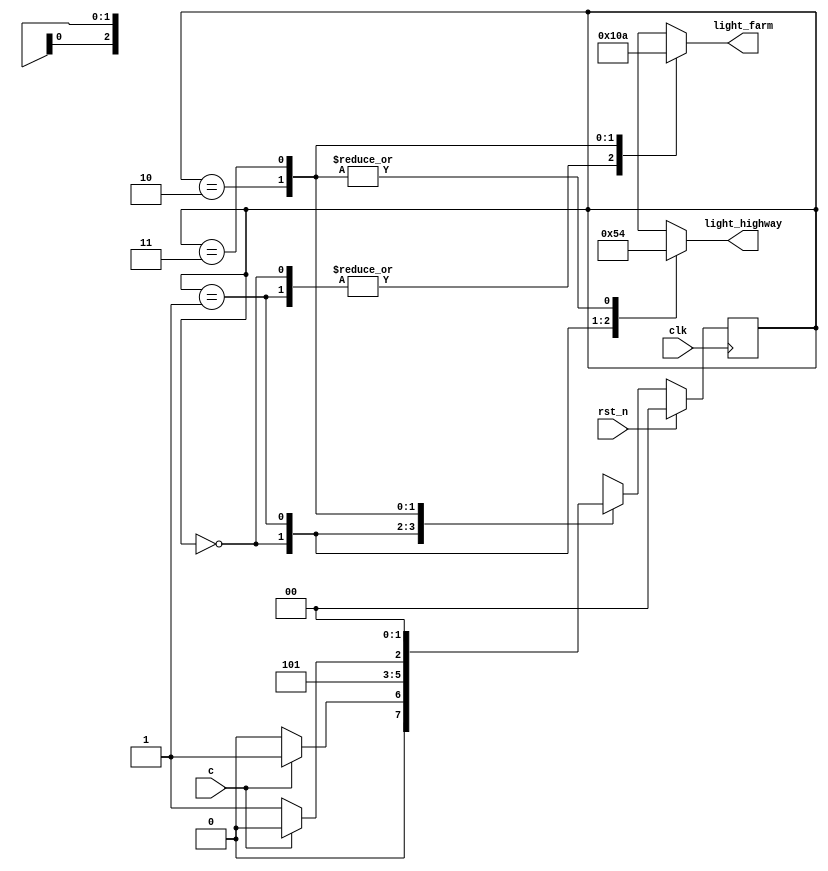

 module traffic_light(c, clk, rst_n, light_farm, light_highway);
  input c;
  input clk;
  input rst_n;
  
  output reg [2:0] light_farm, light_highway;
  
  parameter S0 = 2'd0, S1 = 2'd1, S2 = 2'd2, S3 = 2'd3;
  parameter RED = 3'b100, YELLOW = 3'b010, GREEN = 3'b001;
  
  reg [1:0] state, next_state;
  
  always @(posedge clk)
    if(rst_n)
      state <= S0;
  else
    state <= next_state;
  
  always @(state)
    begin
      case(state)
        S0 : begin
          light_farm = RED;
          light_highway = GREEN;
        end
        
        S1 : begin
          light_farm = RED;
          light_highway = YELLOW;
        end
        
        S2 : begin
          light_farm = GREEN;
          light_highway = RED;
        end
        
        S3 : begin
          light_farm = YELLOW;
          light_highway = RED;
        end
        
      endcase
    end
  
  always @(state or c)
    begin
      
      case(state)
        
        S0 : if(c) next_state = S1;
        else next_state = S0;
        
        S1 : begin
          #3 next_state = S1;
          next_state = S2;
        end
        
        S2 : if(c) next_state = S2;
        else next_state = S3;
        
        S3 : begin
          #3 next_state = S3;
          next_state = S0;
        end
        
        default : next_state = S0;
        
      endcase
    end
  
  
endmodule